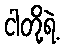
ငါတို့ရဲ့